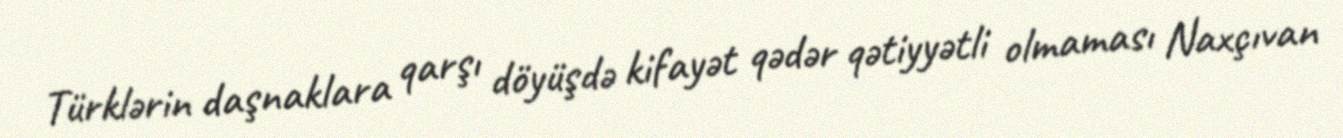
Türklərin daşnaklara qarşı döyüşdə kifayət qədər qətiyyətli olmaması Naxçıvan